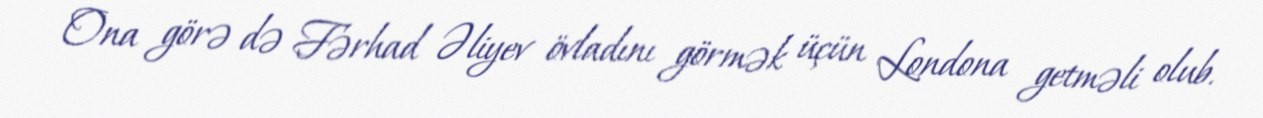
Ona görə də Fərhad Əliyev övladını görmək üçün Londona getməli olub.